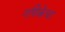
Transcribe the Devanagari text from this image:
गणिकेचा